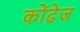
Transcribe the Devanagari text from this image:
कोंढेज